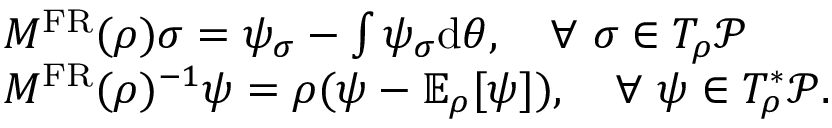
\begin{array} { r l } & { M ^ { \mathrm { F R } } ( \rho ) \sigma = \psi _ { \sigma } - \int \psi _ { \sigma } \mathrm { d } \theta , \quad \forall ~ \sigma \in T _ { \rho } \mathcal { P } } \\ & { M ^ { \mathrm { F R } } ( \rho ) ^ { - 1 } \psi = \rho ( \psi - \mathbb { E } _ { \rho } [ \psi ] ) , \quad \forall ~ \psi \in T _ { \rho } ^ { * } \mathcal { P } . } \end{array}